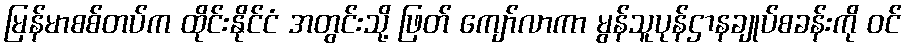
မြန်မာစစ်တပ်က ထိုင်းနိုင်ငံ အတွင်းသို့ ဖြတ် ကျော်လာကာ မွန်သူပုန်ဌာနချုပ်စခန်းကို ဝင်